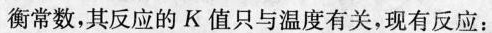
衡常数，其反应的K值只与温度有关，现有反应：